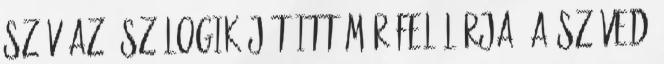
SZÍV az ész logikáját itt már felülírja. A szíved